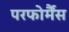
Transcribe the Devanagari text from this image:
परफोर्मैंस